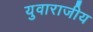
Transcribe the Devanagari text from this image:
युवाराजीय